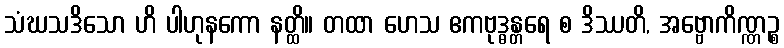
သံဃသဒိသော ဟိ ပါဟုနကော နတ္ထိ။ တထာ ဟေသ ဧကဗုဒ္ဓန္တရေ စ ဒိဿတိ, အဗ္ဗောကိဏ္ဏဉ္စ